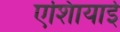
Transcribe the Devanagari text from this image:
एशिायाई